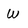
Character: W